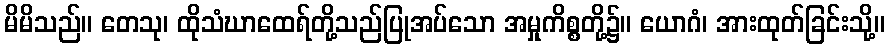
မိမိသည်။ တေသု၊ ထိုသံဃာထေရ်တို့သည်ပြုအပ်သော အမှုကိစ္စတို့၌။ ယောဂံ၊ အားထုတ်ခြင်းသို့။